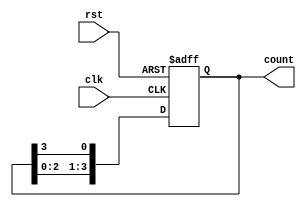
module ring_counter (
    input wire clk,         // Clock signal
    input wire rst,         // Asynchronous reset signal
    output reg [3:0] count  // 4-bit output to represent the state of the ring counter
);

// Always block that triggers on the rising edge of the clock or active reset
always @(posedge clk or posedge rst) begin
    if (rst) begin
        // Reset condition: initialize to 0001
        count <= 4'b0001;
    end else begin
        // Circular shift logic: shift the high state to the right
        count <= {count[2:0], count[3]};
    end
end

endmodule